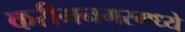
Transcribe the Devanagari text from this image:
करीमनगरमध्ये